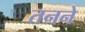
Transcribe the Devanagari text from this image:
तनने